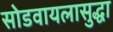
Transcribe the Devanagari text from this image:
सोडवायलासुद्धा